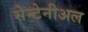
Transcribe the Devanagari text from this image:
सेन्टेनीअल